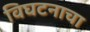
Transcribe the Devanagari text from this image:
विघटनाचा